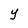
Character: Y